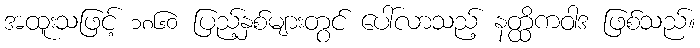
အထူးသဖြင့် ၁၈၆၀ ပြည့်နှစ်များတွင် ပေါ်လာသည့် နတ္ထိကဝါဒ ဖြစ်သည်။